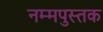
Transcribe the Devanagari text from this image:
नम्मपुस्तक